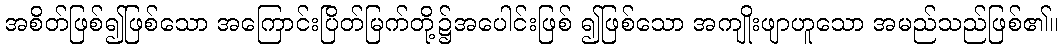
အစိတ်ဖြစ်၍ဖြစ်သော အကြောင်းပြိတ်မြက်တို့၌အပေါင်းဖြစ် ၍ဖြစ်သော အကျိုးဖျာဟူသော အမည်သည်ဖြစ်၏။